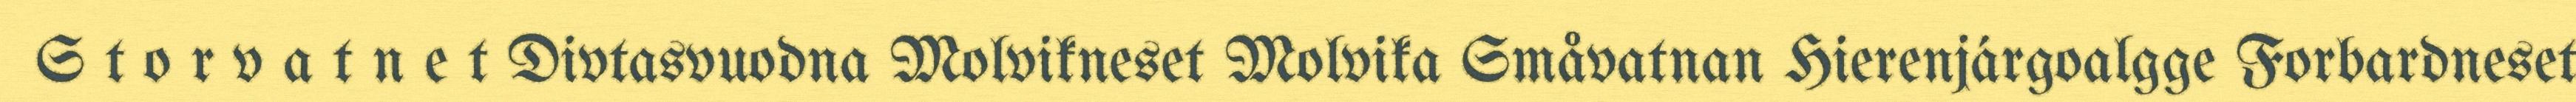
S t o r v a t n e t Divtasvuodna Molvikneset Molvika Småvatnan Hierenjárgoalgge Forbardneset